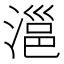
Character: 㴩